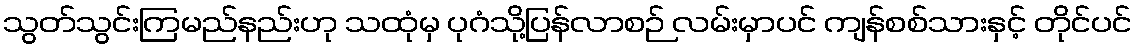
သွတ်သွင်းကြမည်နည်းဟု သထုံမှ ပုဂံသို့ပြန်လာစဉ် လမ်းမှာပင် ကျန်စစ်သားနှင့် တိုင်ပင်